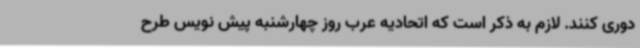
دوری کنند. لازم به ذکر است که اتحادیه عرب روز چهارشنبه پیش نویس طرح